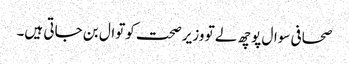
صحافی سوال پوچھ لے تو وزیر صحت کوتوال بن جاتی ہیں۔